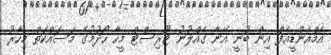
އެމްއެންޑީއެފް އިން ބުނީ އޭނާ ގެއްލުނު ޓޫރިސްޓް މީހާ ހޯދުމުގެ މަސައްކަތް މިހާރު